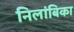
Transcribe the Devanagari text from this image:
निलांबिका